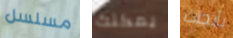
مسلسل يمكنك بأبحاث